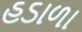
હડાળા